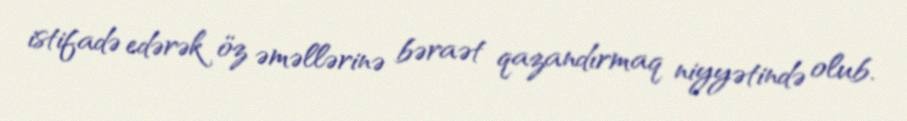
istifadə edərək öz əməllərinə bəraət qazandırmaq niyyətində olub.